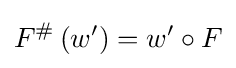
F^{\#}\left(w^{\prime }\right)=w^{\prime }\circ F